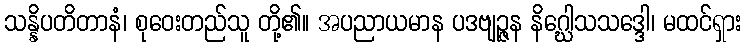
သန္နိပတိတာနံ၊ စုဝေးတည်သူ တို့၏။ အပညာယမာန ပဒဗျဉ္ဇန နိဂ္ဃေါသသဒ္ဒေါ၊ မထင်ရှား